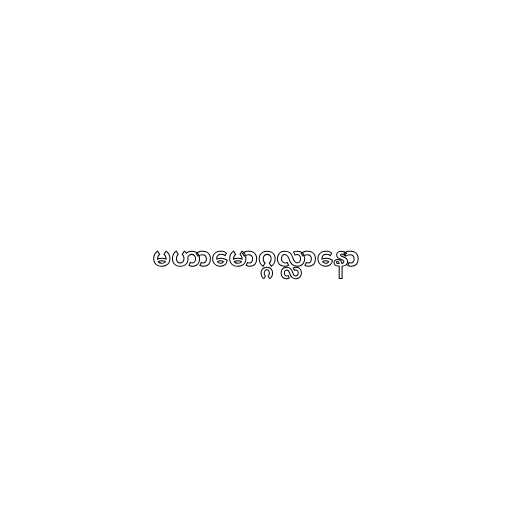
မဟာမောဂ္ဂလ္လာနော